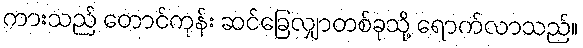
ကားသည် တောင်ကုန်း ဆင်ခြေလျှာတစ်ခုသို့ ရောက်လာသည်။